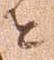
を